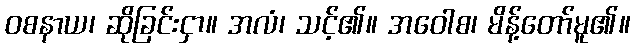
ဝစနာယ၊ ဆိုခြင်းငှာ။ အလံ၊ သင့်၏။ အဝေါစ၊ မိန့်တော်မူ၏။